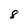
Character: 8